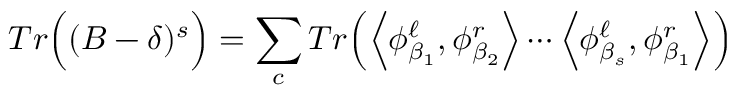
T r \Big ( ( B - \delta ) ^ { s } \Big ) = \sum _ { c } T r \Big ( \Big < \phi _ { \beta _ { 1 } } ^ { \ell } , \phi _ { \beta _ { 2 } } ^ { r } \Big > \cdots \Big < \phi _ { \beta _ { s } } ^ { \ell } , \phi _ { \beta _ { 1 } } ^ { r } \Big > \Big )